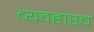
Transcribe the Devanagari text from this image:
व्यवहारच